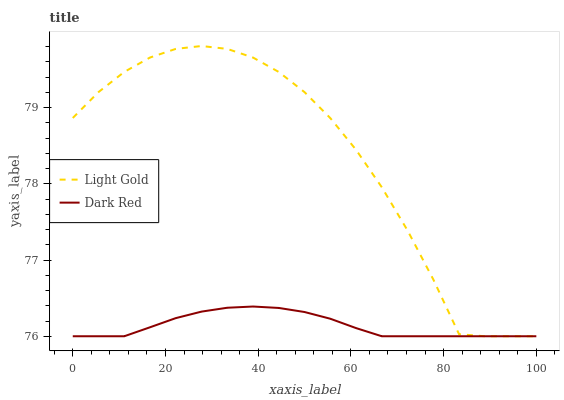
| xaxis_label | Light Gold | Dark Red |
 | --- | --- | --- |
 | 0 | 78.9 | 76 |
 | 5.56 | 79.2 | 76 |
 | 11.1 | 79.5 | 76 |
 | 16.7 | 79.7 | 76.1 |
 | 22.2 | 79.8 | 76.2 |
 | 27.8 | 79.8 | 76.3 |
 | 33.3 | 79.8 | 76.4 |
 | 38.9 | 79.7 | 76.4 |
 | 44.4 | 79.5 | 76.4 |
 | 50 | 79.2 | 76.3 |
 | 55.6 | 78.9 | 76.2 |
 | 61.1 | 78.4 | 76.1 |
 | 66.7 | 78 | 76 |
 | 72.2 | 77.4 | 76 |
 | 77.8 | 76.7 | 76 |
 | 83.3 | 76 | 76 |
 | 88.9 | 76 | 76 |
 | 94.4 | 76 | 76 |
 | 100 | 76 | 76 |